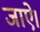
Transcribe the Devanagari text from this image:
जाऐ।